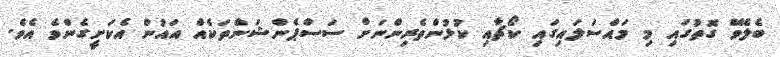
ބެލެވޭ ގޮތުގައި މި މައްސަލައިގައި ކޯޗާއި ކުޅުންތެރިންނަށް ސަސްޕެންޝަންތަކެއް އައުން އެކަށީގެންވެ އެވެ.